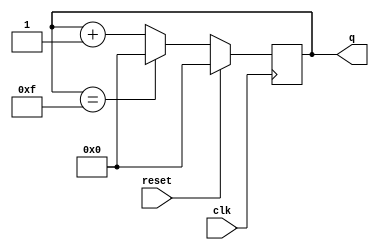
module top_module (
    input clk,
    input reset,
    output [3:0] q
);
    always @(posedge clk) begin
        if (reset) begin
            q <= 4'b0000;
        end
        else if(q == 4'b1111) begin
            q <= 4'b0000;
        end
        else begin
            q <= q + 1;
        end
    end
    
endmodule